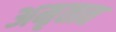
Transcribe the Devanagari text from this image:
अमृतात